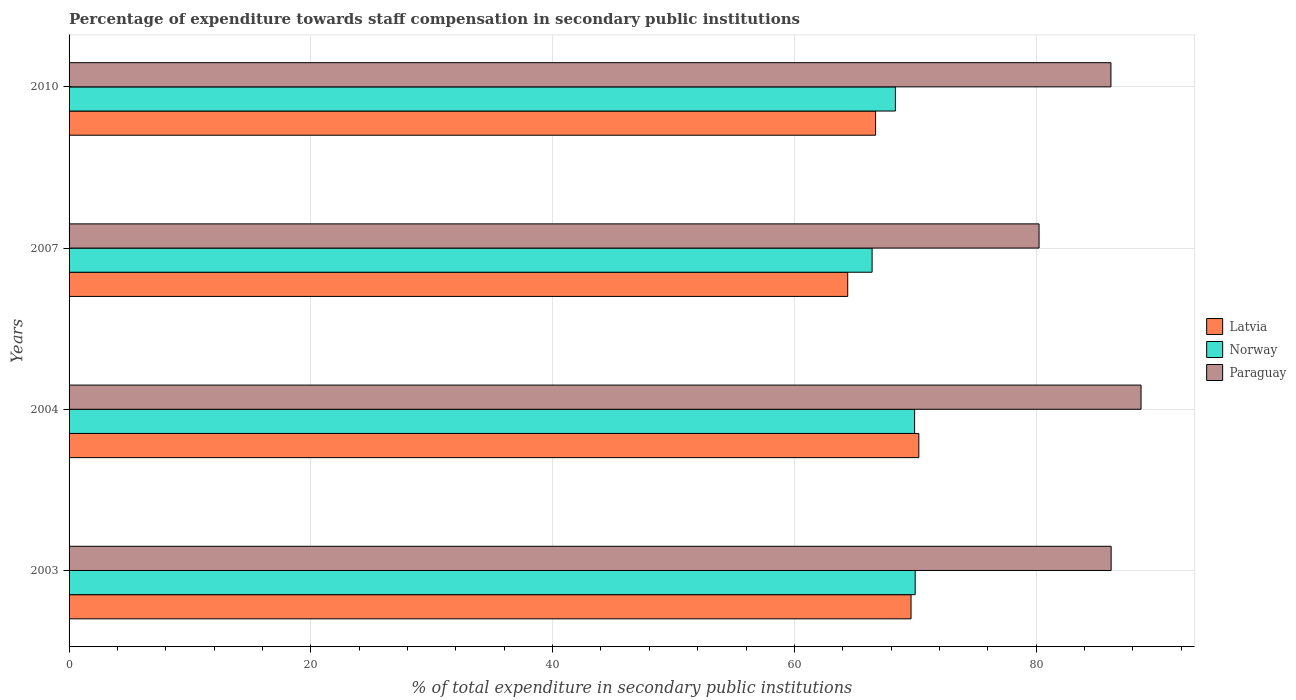
| Years | Latvia | Norway | Paraguay |
 | --- | --- | --- | --- |
 | 2003 | 69.7 | 70 | 86.2 |
 | 2004 | 70.3 | 69.9 | 88.7 |
 | 2007 | 64.4 | 66.4 | 80.2 |
 | 2010 | 66.7 | 68.4 | 86.2 |